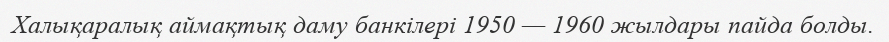
Халықаралық аймақтық даму банкілері 1950 — 1960 жылдары пайда болды.